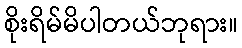
စိုးရိမ်မိပါတယ်ဘုရား။